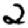
Digit: 2